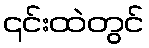
၎င်းထဲတွင်